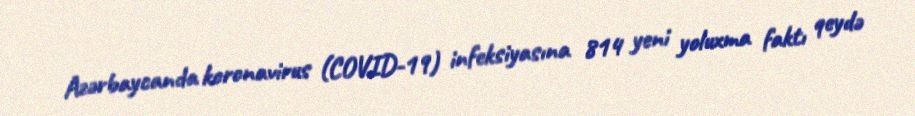
Azərbaycanda koronavirus (COVID-19) infeksiyasına 814 yeni yoluxma faktı qeydə